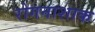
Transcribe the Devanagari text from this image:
रोगनाशाक